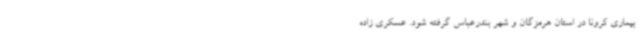
بیماری کرونا در استان هرمزگان و شهر بندرعباس گرفته شود. عسکری زاده